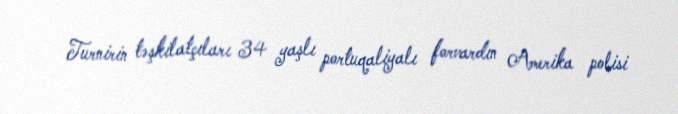
Turnirin təşkilatçıları 34 yaşlı portuqaliyalı forvardın Amerika polisi